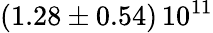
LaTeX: \left(1.28\pm 0.54\right)\, 10^{11}